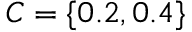
C = \{ 0 . 2 , 0 . 4 \}